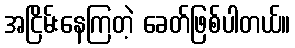
အငြိမ်းနေကြတဲ့ ခေတ်ဖြစ်ပါတယ်။